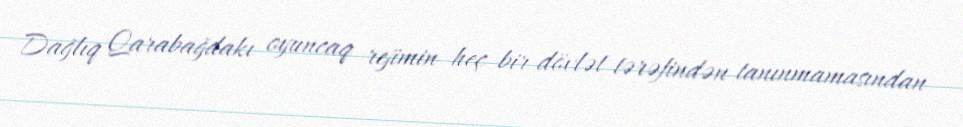
Dağlıq Qarabağdakı oyuncaq rejimin heç bir dövlət tərəfindən tanınmamasından